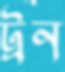
ট্রন